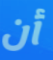
أن